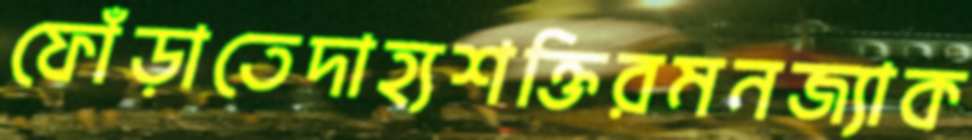
ফোঁড়াতেদাহ্যশক্তিরমনজ্যাক